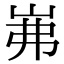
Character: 岪